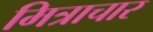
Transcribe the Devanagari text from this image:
मित्राचार